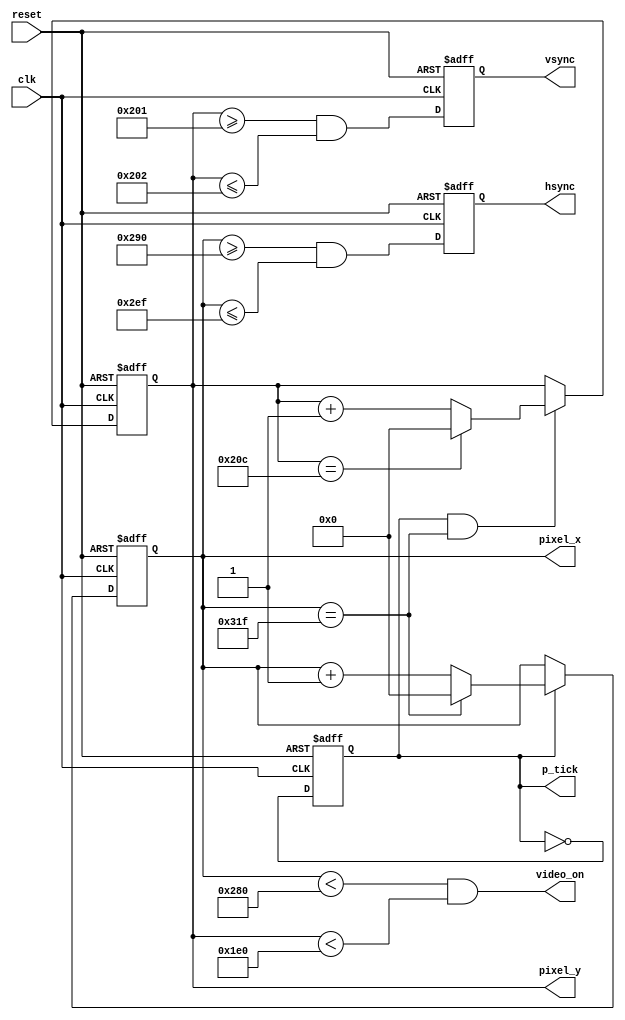
`timescale 1ns / 1ps
//////////////////////////////////////////////////////////////////////////////////
// Company: 
// Engineer: 
// 
// Design Name: 
// Module Name:    Sincronizacion 
// Project Name: 
// Target Devices: 
// Tool versions: 
// Description: 
//
// Dependencies: 
//
// Revision: 
// Revision 0.01 - File Created
// Additional Comments: 
//
//////////////////////////////////////////////////////////////////////////////////
module Sincronizacion(input wire clk, reset, output wire hsync,vsync,video_on,p_tick, output wire [9:0] pixel_x,pixel_y
    );

// constant declaration
// VGA 640-by-480 sync parameters
localparam HD = 640; // horizontal display area
localparam HF = 48 ; // h.front (left) border
localparam HB = 16 ; // h.back (right) border
localparam HR = 96 ; // h.retrace
localparam VD = 480; // vertical display area
localparam VF = 10; // v.front ( top) border
localparam VB = 33; // v.back ( bottom) border
localparam VR = 2; // v.retrace
// mod-2 counter
reg mod2_reg;
wire mod2_next ;
// sync counters
reg [9:0] h_count_reg, h_count_next;
reg [9:0] v_count_reg, v_count_next ;
// output buffer
reg v_sync_reg, h_sync_reg ;
wire v_sync_next, h_sync_next ;
// status signal
wire h_end, v_end, pixel_tick;

// body
// registers
always @( posedge clk, posedge reset)
	if (reset)
		begin
			mod2_reg <= 1'b0;
			v_count_reg <= 0;
			h_count_reg <= 0 ;
			v_sync_reg <= 1'b0;
			h_sync_reg <= 1'b0;
		end
	else
		begin
			mod2_reg <= mod2_next;
			v_count_reg <= v_count_next;
			h_count_reg <= h_count_next;
			v_sync_reg <= v_sync_next;
			h_sync_reg <= h_sync_next;
	end
// mod-2 circuit to generate 25 MHz enable tick
	assign mod2_next = ~mod2_reg;
	assign pixel_tick = mod2_reg;
// s t a t u s s i g n a l s
// end of horizontal counter ( 799 )
	assign h_end = (h_count_reg ==(HD+HF+HB+HR-1));
// end of vertical counter ( 524 )
	assign v_end = (v_count_reg==(VD+VF+VB+VR-1));
// next-state logic of mod-800 horizontal sync counter
	always @*
		if (pixel_tick) // 25 MHz pulse
			if (h_end)
				h_count_next = 0;
			else
				h_count_next = h_count_reg + 1;
		else
			h_count_next = h_count_reg;
// next-state logic of mod-525 vertical sync counter
	always @*
		if (pixel_tick & h_end)
			if (v_end)
				v_count_next = 0;
			else
				v_count_next = v_count_reg + 1;
		else
			v_count_next = v_count_reg;
	// horizontal and vertical sync, buffered to avoid glitch
	// h-svnc-next asserted between 656 and 751
	assign h_sync_next = (h_count_reg>=(HD+HB) &&	h_count_reg<=(HD+HB+HR-1));
	// vh-sync-next a s s e r t e d between 490 and 491
	assign v_sync_next = (v_count_reg>=(VD+VB) &&	v_count_reg<=(VD+VB+VR-1));
	// video on/off
	assign video_on = (h_count_reg<HD) && (v_count_reg<VD);
// output
	assign hsync = h_sync_reg;
	assign vsync = v_sync_reg;
	assign pixel_x = h_count_reg;
	assign pixel_y = v_count_reg;
	assign p_tick = pixel_tick;
endmodule